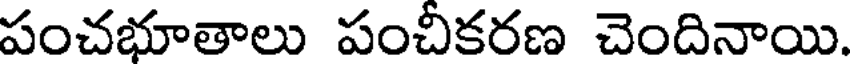
పంచభూతాలు పంచికరణ చెందినాయి.